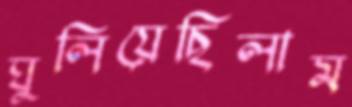
ঘুলিয়েছিলাম